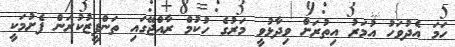
ހަމަ އެދުވަހު އުމަރު އިތުރަށް ވިދާޅުވީ މަރުގެ ހުކުމް ރާއްޖޭގައި ތަންފީޒުކުރަން ފެށުމަކީ